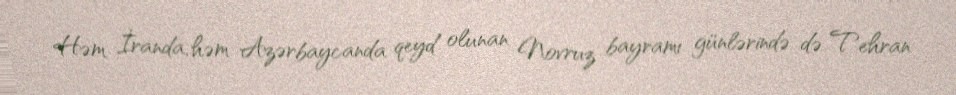
Həm İranda, həm Azərbaycanda qeyd olunan Novruz bayramı günlərində də Tehran